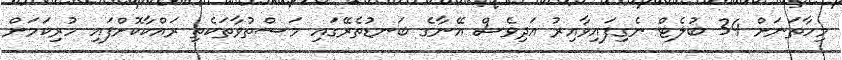
މިހާތަނަށް 34 ބުލެޓް ނެގިފައިވާއިރު އަދިވެސް އޭނާގެ ބަނޑުތެރޭގައި މަސްތުވާތަކެތި ރައްކާކޮށްފައި ހުރިކަމަށް